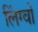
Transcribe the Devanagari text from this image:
लिंग्वो